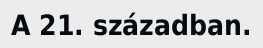
A 21. században.